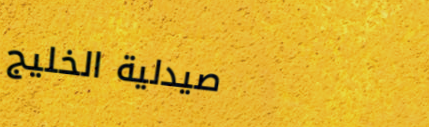
صيدلية الخليج